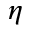
\eta